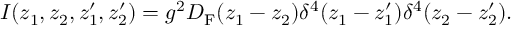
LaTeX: I ( z _ { 1 } , z _ { 2 } , z _ { 1 } ^ { \prime } , z _ { 2 } ^ { \prime } ) = g ^ { 2 } D _ { \mathrm { F } } ( z _ { 1 } - z _ { 2 } ) \delta ^ { 4 } ( z _ { 1 } - z _ { 1 } ^ { \prime } ) \delta ^ { 4 } ( z _ { 2 } - z _ { 2 } ^ { \prime } ) .